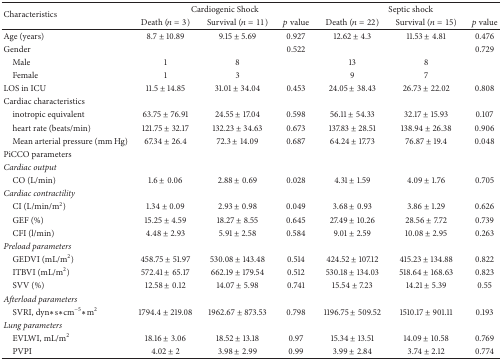
<table><thead><tr><td rowspan="2"><b>Characteristics</b></td><td colspan="3"><b>Cardiogenic Shock</b></td><td colspan="3"><b>Septic shock</b></td></tr><tr><td><b>Death (<i>n</i> = 3)</b></td><td><b>Survival (<i>n</i> = 11)</b></td><td><b><i>p</i> value</b></td><td><b>Death (<i>n</i> = 22)</b></td><td><b>Survival (<i>n</i> = 15)</b></td><td><b><i>p</i> value</b></td></tr></thead><tbody><tr><td>Age (years)</td><td>8.7 ± 10.89</td><td>9.15 ± 5.69</td><td>0.927</td><td>12.62 ± 4.3</td><td>11.53 ± 4.81</td><td>0.476</td></tr><tr><td>Gender</td><td> </td><td> </td><td>0.522</td><td> </td><td> </td><td>0.729</td></tr><tr><td> Male</td><td>1</td><td>8</td><td> </td><td>13</td><td>8</td><td> </td></tr><tr><td> Female</td><td>1</td><td>3</td><td> </td><td>9</td><td>7</td><td> </td></tr><tr><td>LOS in ICU</td><td>11.5 ± 14.85</td><td>31.01 ± 34.04</td><td>0.453</td><td>24.05 ± 38.43</td><td>26.73 ± 22.02</td><td>0.808</td></tr><tr><td>Cardiac characteristics</td><td> </td><td> </td><td> </td><td> </td><td> </td><td> </td></tr><tr><td> inotropic equivalent</td><td>63.75 ± 76.91</td><td>24.55 ± 17.04</td><td>0.598</td><td>56.11 ± 54.33</td><td>32.17 ± 15.93</td><td>0.107</td></tr><tr><td> heart rate (beats/min)</td><td>121.75 ± 32.17</td><td>132.23 ± 34.63</td><td>0.673</td><td>137.83 ± 28.51</td><td>138.94 ± 26.38</td><td>0.906</td></tr><tr><td> Mean arterial pressure (mm Hg)</td><td>67.34 ± 26.4</td><td>72.3 ± 14.09</td><td>0.687</td><td>64.24 ± 17.73</td><td>76.87 ± 19.4</td><td>0.048</td></tr><tr><td>PiCCO parameters</td><td> </td><td> </td><td> </td><td> </td><td> </td><td> </td></tr><tr><td><i>Cardiac output</i></td><td> </td><td> </td><td> </td><td> </td><td> </td><td> </td></tr><tr><td> CO (L/min)</td><td>1.6 ± 0.06</td><td>2.88 ± 0.69</td><td>0.028</td><td>4.31 ± 1.59</td><td>4.09 ± 1.76</td><td>0.705</td></tr><tr><td><i>Cardiac contractility</i></td><td> </td><td> </td><td> </td><td> </td><td> </td><td> </td></tr><tr><td> CI (L/min/m<sup>2</sup>)</td><td>1.34 ± 0.09</td><td>2.93 ± 0.98</td><td>0.049</td><td>3.68 ± 0.93</td><td>3.86 ± 1.29</td><td>0.626</td></tr><tr><td> GEF (%)</td><td>15.25 ± 4.59</td><td>18.27 ± 8.55</td><td>0.645</td><td>27.49 ± 10.26</td><td>28.56 ± 7.72</td><td>0.739</td></tr><tr><td> CFI (l/min)</td><td>4.48 ± 2.93</td><td>5.91 ± 2.58</td><td>0.584</td><td>9.01 ± 2.59</td><td>10.08 ± 2.95</td><td>0.263</td></tr><tr><td><i>Preload parameters</i></td><td> </td><td> </td><td> </td><td> </td><td> </td><td> </td></tr><tr><td> GEDVI (mL/m<sup>2</sup>)</td><td>458.75 ± 51.97</td><td>530.08 ± 143.48</td><td>0.514</td><td>424.52 ± 107.12</td><td>415.23 ± 134.88</td><td>0.822</td></tr><tr><td> ITBVI (mL/m<sup>2</sup>)</td><td>572.41 ± 65.17</td><td>662.19 ± 179.54</td><td>0.512</td><td>530.18 ± 134.03</td><td>518.64 ± 168.63</td><td>0.823</td></tr><tr><td> SVV (%)</td><td>12.58 ± 0.12</td><td>14.07 ± 5.98</td><td>0.741</td><td>15.54 ± 7.23</td><td>14.21 ± 5.39</td><td>0.55</td></tr><tr><td><i>Afterload parameters</i></td><td> </td><td> </td><td> </td><td> </td><td> </td><td> </td></tr><tr><td> SVRI, dyn<i>∗</i>s<i>∗</i>cm<sup>−5</sup><i>∗</i>m<sup>2</sup></td><td>1794.4 ± 219.08</td><td>1962.67 ± 873.53</td><td>0.798</td><td>1196.75 ± 509.52</td><td>1510.17 ± 901.11</td><td>0.193</td></tr><tr><td><i>Lung parameters</i></td><td> </td><td> </td><td> </td><td> </td><td> </td><td> </td></tr><tr><td> EVLWI, mL/m<sup>2</sup></td><td>18.16 ± 3.06</td><td>18.52 ± 13.18</td><td>0.97</td><td>15.34 ± 13.51</td><td>14.09 ± 10.58</td><td>0.769</td></tr><tr><td> PVPI</td><td>4.02 ± 2</td><td>3.98 ± 2.99</td><td>0.99</td><td>3.99 ± 2.84</td><td>3.74 ± 2.12</td><td>0.774</td></tr></tbody></table>